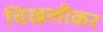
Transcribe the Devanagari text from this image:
चिखलीकर